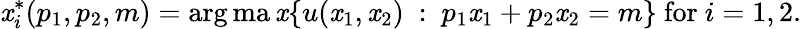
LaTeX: \mathit{x}_{i}^{*}(p_{1},p_{2},m)=\arg\operatorname*{ma\mathit{x}}\{ \, \! u(\mathit{x}_{1},\mathit{x}_{2}){\mathrm{{~}}}:{\mathrm{{~}}}p_{1}\mathit{x}_{1}+p_{2}\mathit{x}_{2}=m\} {\mathrm{{~for~}}}i=1,2.